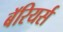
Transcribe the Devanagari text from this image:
बॅरियर्स